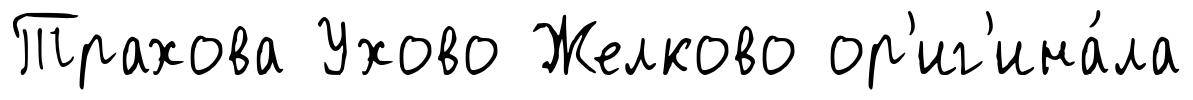
Трахова Ухово Желково ор'иг'ина́ла